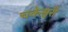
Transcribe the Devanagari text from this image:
चकेश्वरी